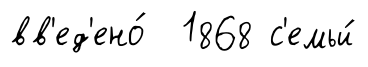
вв'ед'ено́ 1868 с'емьи́